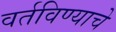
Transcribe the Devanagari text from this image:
वर्तविण्याचे